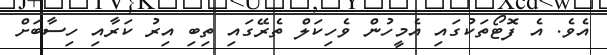
އެވެ. އެ ފޮޓޯތަކުގައި އެމީހުން ވެހިކަލް ތެރޭގައި ތިބި އިރު ކަރާއި ހިސާބަށް